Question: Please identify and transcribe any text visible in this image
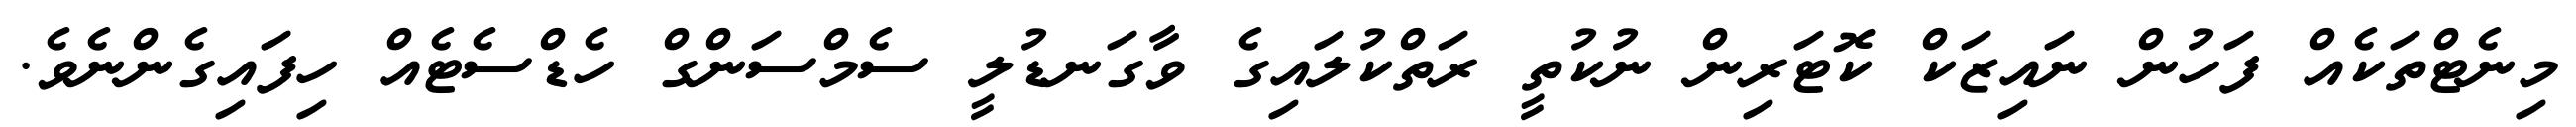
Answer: މިނެޓްތަކެއް ފަހުން ނައިޒަކް ކޮޓަރިން ނުކުތީ ރަތްކުލައިގެ ވާގަނޑުލީ ސެމްސަންގް ހެޑްސެޓެއް ހިފައިގެންނެވެ.